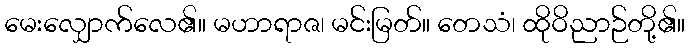
မေးလျှောက်လေ၏။ မဟာရာဇ၊ မင်းမြတ်။ တေသံ၊ ထိုဝိညာဉ်တို့၏။